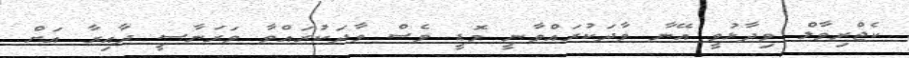
ކެޖްރިވާލް ވިދާޅުވީ އޭނާ ވާދަކުރައްވާނީ މޮޑީ ވެސް ވާދަކުރައްވާ ވަރަނާސީ ދާއިރާ އަށް